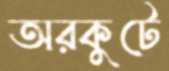
অরকুটে